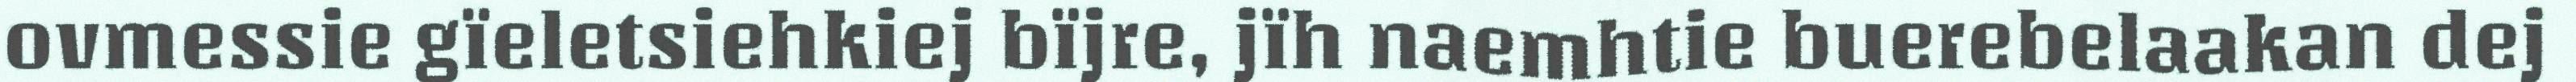
ovmessie gïeletsiehkiej bïjre, jïh naemhtie buerebelaakan dej